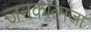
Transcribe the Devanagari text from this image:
जनकात्मजा